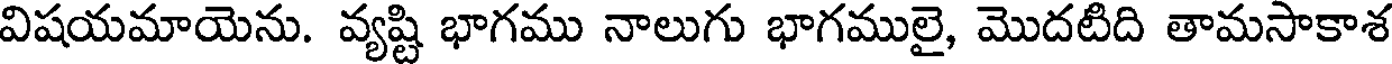
విషయమాయెను. వ్యష్టి భాగము నాలుగు భాగములై, మొదటిది తామసాకాశ